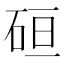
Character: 𰦶